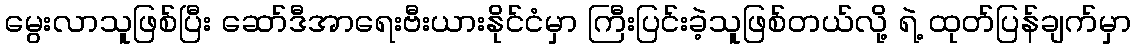
မွေးလာသူဖြစ်ပြီး ဆော်ဒီအာရေးဗီးယားနိုင်ငံမှာ ကြီးပြင်းခဲ့သူဖြစ်တယ်လို့ ရဲ့ ထုတ်ပြန်ချက်မှာ